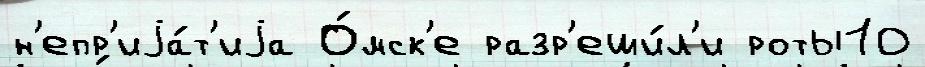
н'епр'иjа́т'иjа О́мск'е разр'еши́л'и роты10